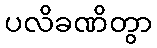
ပလိခဏိတွာ